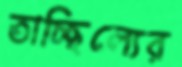
তাচ্ছিল্যের